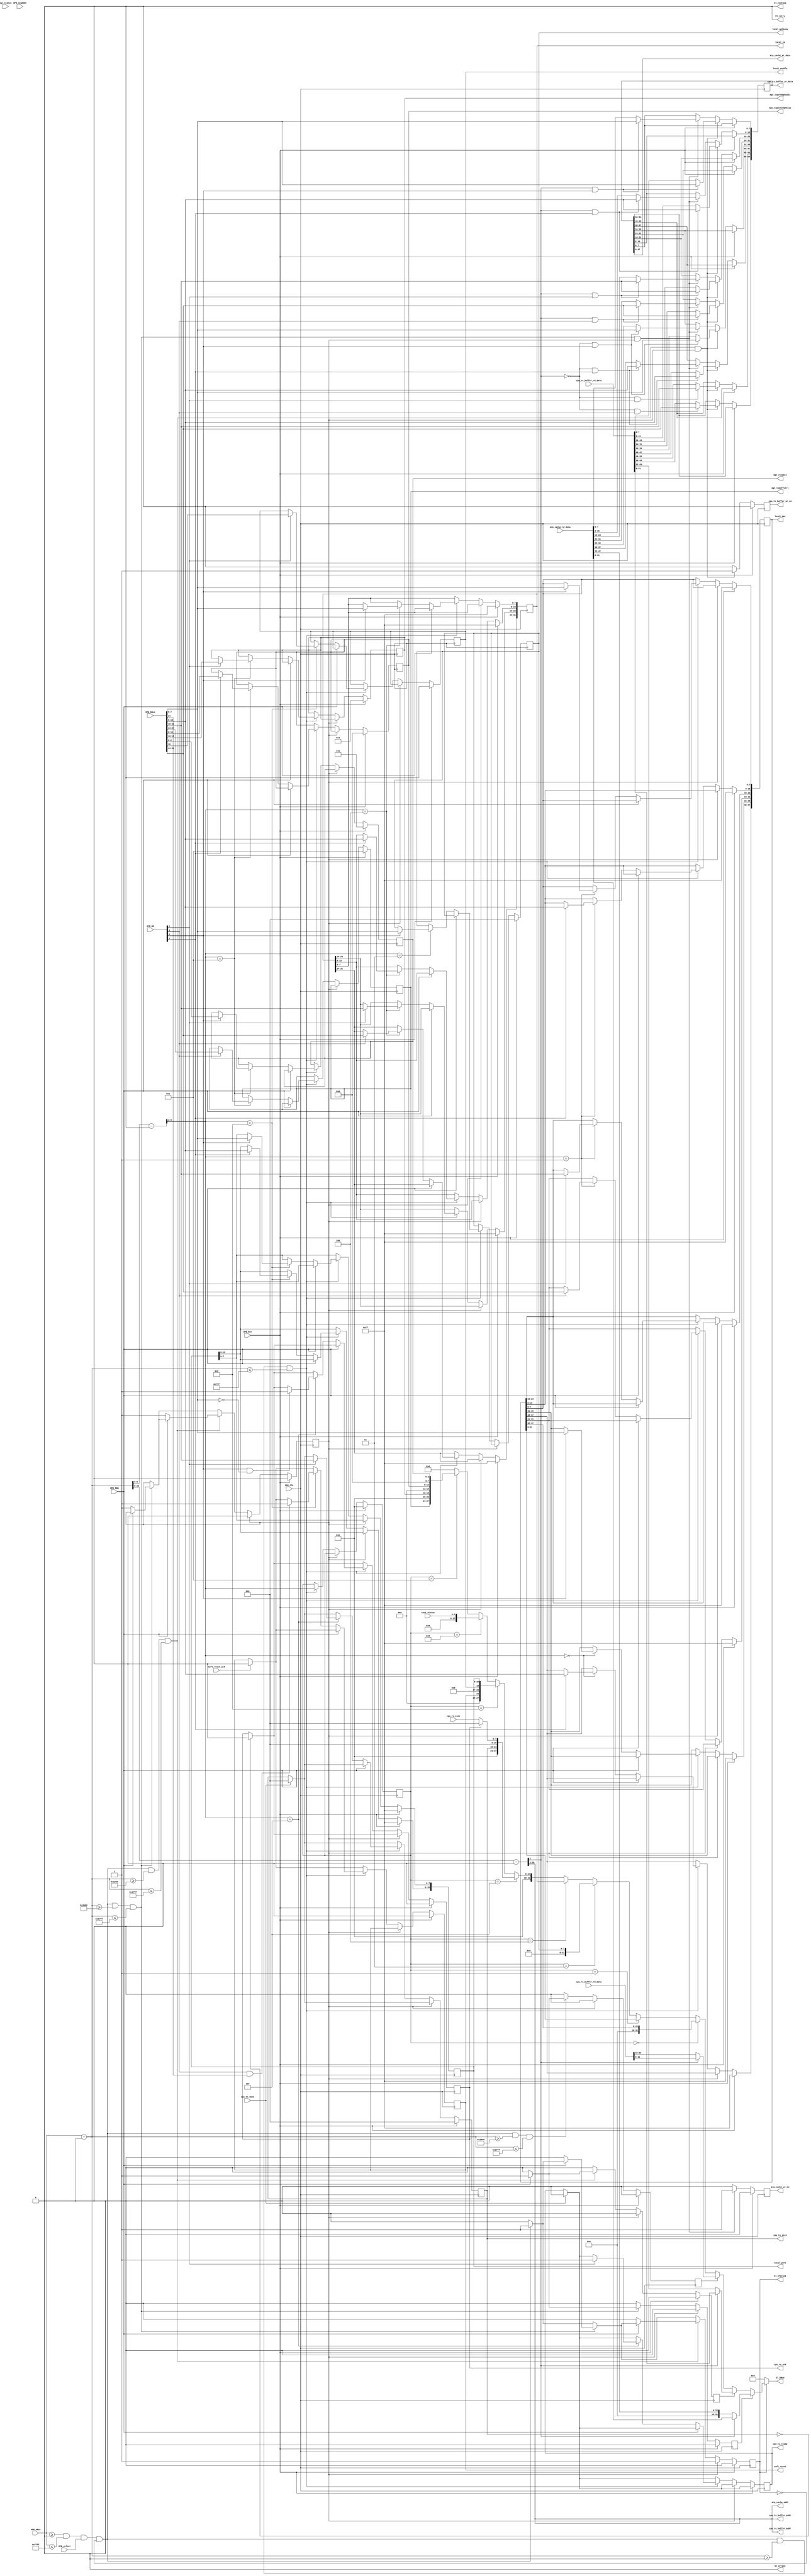
`timescale 1ns/1ps
module opb_attach #(
    parameter C_BASEADDR     = 32'h0,
    parameter C_HIGHADDR     = 32'hffff,
    parameter C_OPB_AWIDTH   = 32,
    parameter C_OPB_DWIDTH   = 32,
    parameter FABRIC_MAC     = 48'hffff_ffff_ffff,
    parameter FABRIC_IP      = 32'hffff_ffff,
    parameter FABRIC_PORT    = 16'hffff,
    parameter FABRIC_GATEWAY = 8'd0,
    parameter FABRIC_ENABLE  = 0,
    parameter PREEMPHASIS    = 4'b0100,
    parameter POSTEMPHASIS   = 5'b00000,
    parameter DIFFCTRL       = 4'b1010,
    parameter RXEQMIX        = 3'b111
  )(
    //OPB attachment
    input         OPB_Clk,
    input         OPB_Rst,
    input         OPB_RNW,
    input         OPB_select,
    input         OPB_seqAddr,
    input   [3:0] OPB_BE,
    input  [31:0] OPB_ABus,
    input  [31:0] OPB_DBus,
    output [31:0] Sl_DBus,
    output        Sl_errAck,
    output        Sl_retry,
    output        Sl_toutSup,
    output        Sl_xferAck,
    //tx_buffer bits
    output  [7:0] cpu_tx_buffer_addr,
    input  [63:0] cpu_tx_buffer_rd_data,
    output [63:0] cpu_tx_buffer_wr_data,
    output        cpu_tx_buffer_wr_en,
    output  [7:0] cpu_tx_size,
    output        cpu_tx_ready,
    input         cpu_tx_done,
    //rx_buffer bits
    output  [7:0] cpu_rx_buffer_addr,
    input  [63:0] cpu_rx_buffer_rd_data,
    input   [7:0] cpu_rx_size,
    output        cpu_rx_ack,
    //ARP Cache
    output  [7:0] arp_cache_addr,
    input  [47:0] arp_cache_rd_data,
    output [47:0] arp_cache_wr_data,
    output        arp_cache_wr_en,
    //local registers
    output        local_enable,
    output [47:0] local_mac,
    output [31:0] local_ip,
    output [15:0] local_port,
    output  [7:0] local_gateway,
    output        soft_reset,
    input         soft_reset_ack,
    //xaui status
    input   [7:0] xaui_status,
    //xaui config

    //MGT/GTP PMA Config
    input  [15:0] mgt_status,
    output  [2:0] mgt_rxeqmix,
    output  [3:0] mgt_txpreemphasis,
    output  [4:0] mgt_txpostemphasis,
    output  [3:0] mgt_txdiffctrl
  );

  /************* OPB Address Decoding *************/

  wire opb_sel = OPB_ABus >= C_BASEADDR && OPB_ABus <= C_HIGHADDR;

  wire [31:0] local_addr = OPB_ABus - C_BASEADDR;

  localparam REGISTERS_OFFSET = 32'h0000;
  localparam REGISTERS_HIGH   = 32'h07FF;
  localparam TX_BUFFER_OFFSET = 32'h1000;
  localparam TX_BUFFER_HIGH   = 32'h17FF;
  localparam RX_BUFFER_OFFSET = 32'h2000;
  localparam RX_BUFFER_HIGH   = 32'h27FF;
  localparam ARP_CACHE_OFFSET = 32'h3000;
  localparam ARP_CACHE_HIGH   = 32'h37FF;

  reg opb_ack;
  wire opb_trans = opb_sel && OPB_select && !opb_ack;

  wire reg_sel   = opb_trans && (local_addr >= REGISTERS_OFFSET) && (local_addr <= REGISTERS_HIGH);
  wire rxbuf_sel = opb_trans && (local_addr >= RX_BUFFER_OFFSET) && (local_addr <= RX_BUFFER_HIGH);
  wire txbuf_sel = opb_trans && (local_addr >= TX_BUFFER_OFFSET) && (local_addr <= TX_BUFFER_HIGH);
  wire arp_sel   = opb_trans && (local_addr >= ARP_CACHE_OFFSET) && (local_addr <= ARP_CACHE_HIGH);

  wire [31:0] reg_addr   = local_addr - REGISTERS_OFFSET;
  wire [31:0] rxbuf_addr = local_addr - RX_BUFFER_OFFSET;
  wire [31:0] txbuf_addr = local_addr - TX_BUFFER_OFFSET;
  wire [31:0] arp_addr   = local_addr - ARP_CACHE_OFFSET;

  /************** Registers ****************/
  
  localparam REG_LOCAL_MAC_1   = 4'd0;
  localparam REG_LOCAL_MAC_0   = 4'd1;
  localparam REG_LOCAL_GATEWAY = 4'd3;
  localparam REG_LOCAL_IPADDR  = 4'd4;
  localparam REG_BUFFER_SIZES  = 4'd6;
  localparam REG_VALID_PORTS   = 4'd8;
  localparam REG_XAUI_STATUS   = 4'd9;
  localparam REG_PHY_CONFIG    = 4'd10;
  localparam REG_XAUI_CONFIG   = 4'd11;

  reg [47:0] local_mac_reg;
  reg [31:0] local_ip_reg;
  reg  [7:0] local_gateway_reg;
  reg [15:0] local_port_reg;
  reg        local_enable_reg;
  reg  [2:0] mgt_rxeqmix_reg;
  reg  [3:0] mgt_txpreemphasis_reg;
  reg  [4:0] mgt_txpostemphasis_reg;
  reg  [3:0] mgt_txdiffctrl_reg;
  reg        soft_reset_reg;
  reg        xaui_rst_local_fault_reg;
  reg        xaui_rst_rx_link_status_reg;
  reg  [1:0] xaui_test_select_reg;

  assign local_mac         = local_mac_reg;
  assign local_ip          = local_ip_reg;
  assign local_gateway     = local_gateway_reg;
  assign local_port        = local_port_reg;
  assign local_enable      = local_enable_reg;
  assign mgt_rxeqmix       = mgt_rxeqmix_reg;
  assign mgt_txpreemphasis = mgt_txpreemphasis_reg;
  assign mgt_txpostemphasis = mgt_txpostemphasis_reg;
  assign mgt_txdiffctrl    = mgt_txdiffctrl_reg;
  assign soft_reset        = soft_reset_reg;

  reg use_arp_data, use_tx_data, use_rx_data;

  reg [3:0] opb_data_src;

  /* RX/TX Buffer Control regs */

  reg [7:0] cpu_tx_size_reg;
  reg       cpu_tx_ready_reg;
  reg       cpu_rx_ack_reg;
  assign cpu_tx_size  = cpu_tx_size_reg;
  assign cpu_tx_ready = cpu_tx_ready_reg;
  assign cpu_rx_ack   = cpu_rx_ack_reg;

  reg opb_wait;
  always @(posedge OPB_Clk) begin
    //strobes
    opb_ack          <= 1'b0;
    use_arp_data     <= 1'b0;
    use_tx_data      <= 1'b0;
    use_rx_data      <= 1'b0;

    /* When the 10ge wrapper has sent the packet we tell the user by clearing 
       the size register */
    if (cpu_tx_done) begin
      cpu_tx_size_reg  <= 8'd0;
      cpu_tx_ready_reg <= 1'b0;
    end

    /* The size will be set to zero when the double buffer is swapped */
    if (cpu_tx_size == 8'd0) begin
      cpu_rx_ack_reg  <= 1'b0;
    end

    if (OPB_Rst) begin
      opb_data_src      <= 4'b0;

      local_mac_reg     <= FABRIC_MAC;
      local_ip_reg      <= FABRIC_IP;
      local_gateway_reg <= FABRIC_GATEWAY;
      local_port_reg    <= FABRIC_PORT;
      local_enable_reg  <= FABRIC_ENABLE;

      cpu_tx_size_reg   <= 8'd0;

      cpu_rx_ack_reg  <= 1'b0;

      /* TODO: add decode PREEMPHASIS/SWING feature */
      mgt_rxeqmix_reg       <= RXEQMIX;
//      mgt_rxeqpole_reg      <= 4'b0000;
      mgt_txpreemphasis_reg <= PREEMPHASIS;
      mgt_txpostemphasis_reg <= POSTEMPHASIS;
      mgt_txdiffctrl_reg    <= DIFFCTRL;

      opb_wait <= 1'b0;

      soft_reset_reg <= 1'b0;

    end else if (opb_wait) begin
      opb_wait <= 1'b0;
      opb_ack  <= 1'b1;
    end else begin

      if (soft_reset_ack) begin
        soft_reset_reg <= 1'b0;
      end

      if (opb_trans)
        opb_ack <= 1'b1;

      // ARP Cache
      if (arp_sel) begin 
        if (!OPB_RNW) begin
          opb_ack  <= 1'b0;
          opb_wait <= 1'b1;
        end else begin
          use_arp_data <= 1'b1;
        end
      end

      // RX Buffer 
      if (rxbuf_sel) begin
        if (!OPB_RNW) begin
        end else begin
          use_rx_data <= 1'b1;
        end
      end

      // TX Buffer 
      if (txbuf_sel) begin
        if (!OPB_RNW) begin
          opb_ack  <= 1'b0;
          opb_wait <= 1'b1;
        end else begin
          use_tx_data <= 1'b1;
        end
      end

      // registers
      if (reg_sel) begin
        opb_data_src <= reg_addr[5:2];
        if (!OPB_RNW) begin
          case (reg_addr[5:2])
            REG_LOCAL_MAC_1: begin
              if (OPB_BE[0])
                local_mac_reg[39:32] <= OPB_DBus[7:0];
              if (OPB_BE[1])
                local_mac_reg[47:40] <= OPB_DBus[15:8];
            end
            REG_LOCAL_MAC_0: begin
              if (OPB_BE[0])
                local_mac_reg[7:0]   <= OPB_DBus[7:0];
              if (OPB_BE[1])
                local_mac_reg[15:8]  <= OPB_DBus[15:8];
              if (OPB_BE[2])
                local_mac_reg[23:16] <= OPB_DBus[23:16];
              if (OPB_BE[3])
                local_mac_reg[31:24] <= OPB_DBus[31:24];
            end
            REG_LOCAL_GATEWAY: begin
              if (OPB_BE[0])
                local_gateway_reg[7:0] <= OPB_DBus[7:0];
            end
            REG_LOCAL_IPADDR: begin
              if (OPB_BE[0])
                local_ip_reg[7:0]   <= OPB_DBus[7:0];
              if (OPB_BE[1])
                local_ip_reg[15:8]  <= OPB_DBus[15:8];
              if (OPB_BE[2])
                local_ip_reg[23:16] <= OPB_DBus[23:16];
              if (OPB_BE[3])
                local_ip_reg[31:24] <= OPB_DBus[31:24];
            end
            REG_BUFFER_SIZES: begin
              if (OPB_BE[0] && OPB_DBus[7:0] == 8'b0) begin
                cpu_rx_ack_reg <= 1'b1;
              end
              if (OPB_BE[2]) begin
                cpu_tx_size_reg  <= OPB_DBus[23:16];
                cpu_tx_ready_reg <= 1'b1;
              end
            end
            REG_VALID_PORTS: begin
              if (OPB_BE[0])
                local_port_reg[7:0]  <= OPB_DBus[7:0];
              if (OPB_BE[1])
                local_port_reg[15:8] <= OPB_DBus[15:8];
              if (OPB_BE[2])
                local_enable_reg     <= OPB_DBus[16];
              if (OPB_BE[3] && OPB_DBus[24])
                soft_reset_reg       <= 1'b1;
            end
            REG_XAUI_STATUS: begin
            end
            REG_PHY_CONFIG: begin
              if (OPB_BE[0])
                mgt_rxeqmix_reg       <= OPB_DBus[2:0];
              if (OPB_BE[1])
                mgt_txpostemphasis_reg <= OPB_DBus[12:8];
              if (OPB_BE[2])
                mgt_txpreemphasis_reg <= OPB_DBus[19:16];
              if (OPB_BE[3])
                mgt_txdiffctrl_reg    <= OPB_DBus[27:24];
            end
            REG_XAUI_CONFIG: begin
              if (OPB_BE[0])
                xaui_test_select_reg        <= OPB_DBus[1:0];
              if (OPB_BE[1])
                xaui_rst_local_fault_reg    <= OPB_DBus[8];
              if (OPB_BE[2])
                xaui_rst_rx_link_status_reg <= OPB_DBus[16];
            end
            default: begin
            end
          endcase
        end
      end
    end
  end

  /********* Handle memory interfaces ***********/

  reg arp_cache_we, tx_buffer_we;

  reg [63:0] write_data; //write data for all three buffers

  always @(posedge OPB_Clk) begin
    //strobes
    arp_cache_we <= 1'b0;
    tx_buffer_we <= 1'b0;

    if (OPB_Rst) begin
    end else begin
      //populate write_data according to wishbone transaction info & contents
      //of memory
      if (arp_sel && opb_wait) begin
        arp_cache_we <= 1'b1;

        write_data[ 7: 0] <= arp_addr[2] == 1'b1 & OPB_BE[0] ? OPB_DBus[ 7: 0] : arp_cache_rd_data[ 7: 0]; 
        write_data[15: 8] <= arp_addr[2] == 1'b1 & OPB_BE[1] ? OPB_DBus[15: 8] : arp_cache_rd_data[15: 8]; 
        write_data[23:16] <= arp_addr[2] == 1'b1 & OPB_BE[2] ? OPB_DBus[23:16] : arp_cache_rd_data[23:16]; 
        write_data[31:24] <= arp_addr[2] == 1'b1 & OPB_BE[3] ? OPB_DBus[31:24] : arp_cache_rd_data[31:24]; 
        write_data[39:32] <= arp_addr[2] == 1'b0 & OPB_BE[0] ? OPB_DBus[ 7: 0] : arp_cache_rd_data[39:32]; 
        write_data[47:40] <= arp_addr[2] == 1'b0 & OPB_BE[1] ? OPB_DBus[15: 8] : arp_cache_rd_data[47:40]; 
      end
      if (txbuf_sel && opb_wait) begin
        tx_buffer_we <= 1'b1;

        write_data[7:0]   <= txbuf_addr[2] == 1'b1 & OPB_BE[0] ? OPB_DBus[ 7: 0] : cpu_tx_buffer_rd_data[ 7: 0];
        write_data[15:8]  <= txbuf_addr[2] == 1'b1 & OPB_BE[1] ? OPB_DBus[15: 8] : cpu_tx_buffer_rd_data[15: 8];
        write_data[23:16] <= txbuf_addr[2] == 1'b1 & OPB_BE[2] ? OPB_DBus[23:16] : cpu_tx_buffer_rd_data[23:16]; 
        write_data[31:24] <= txbuf_addr[2] == 1'b1 & OPB_BE[3] ? OPB_DBus[31:24] : cpu_tx_buffer_rd_data[31:24]; 
        write_data[39:32] <= txbuf_addr[2] == 1'b0 & OPB_BE[0] ? OPB_DBus[ 7: 0] : cpu_tx_buffer_rd_data[39:32]; 
        write_data[47:40] <= txbuf_addr[2] == 1'b0 & OPB_BE[1] ? OPB_DBus[15: 8] : cpu_tx_buffer_rd_data[47:40]; 
        write_data[55:48] <= txbuf_addr[2] == 1'b0 & OPB_BE[2] ? OPB_DBus[23:16] : cpu_tx_buffer_rd_data[55:48]; 
        write_data[63:56] <= txbuf_addr[2] == 1'b0 & OPB_BE[3] ? OPB_DBus[31:24] : cpu_tx_buffer_rd_data[63:56]; 
      end
    end
  end

  // memory assignments
  assign arp_cache_addr        =   arp_addr[10:3];
  assign arp_cache_wr_data     = write_data[47:0];
  assign arp_cache_wr_en       = arp_cache_we;

  assign cpu_tx_buffer_addr    = txbuf_addr[10:3];
  assign cpu_tx_buffer_wr_data = write_data;
  assign cpu_tx_buffer_wr_en   = tx_buffer_we;

  assign cpu_rx_buffer_addr    = rxbuf_addr[10:3];

  // select what data to put on the bus
  wire [31:0] arp_data_int =   arp_addr[2] == 1'b1 ? arp_cache_rd_data[31:0] : {16'b0, arp_cache_rd_data[47:32]};
  wire [31:0] tx_data_int  = txbuf_addr[2] == 1'b1 ? cpu_tx_buffer_rd_data[31:0] : cpu_tx_buffer_rd_data[63:32];
  wire [31:0] rx_data_int  = rxbuf_addr[2] == 1'b1 ? cpu_rx_buffer_rd_data[31:0] : cpu_rx_buffer_rd_data[63:32];

  wire [31:0] opb_data_int = opb_data_src == REG_LOCAL_MAC_1   ? {16'b0, local_mac_reg[47:32]} :
                             opb_data_src == REG_LOCAL_MAC_0   ? local_mac_reg[31:0] :
                             opb_data_src == REG_LOCAL_GATEWAY ? {24'b0, local_gateway_reg} :
                             opb_data_src == REG_LOCAL_IPADDR  ? local_ip_reg[31:0] :
                             opb_data_src == REG_BUFFER_SIZES  ? {8'b0, cpu_tx_size_reg, 8'b0, cpu_rx_ack_reg ? 8'b0 : cpu_rx_size} :
                             opb_data_src == REG_VALID_PORTS   ? {7'b0, soft_reset_reg, 7'b0, local_enable_reg, local_port_reg} :
                             opb_data_src == REG_XAUI_STATUS   ? {24'b0, xaui_status} :
                             opb_data_src == REG_PHY_CONFIG    ? {4'b0, mgt_txdiffctrl_reg, 
                                                                  4'b0, mgt_txpreemphasis_reg,
                                                                  3'b0, mgt_txpostemphasis_reg, 
                                                                  4'b0, 1'b0, mgt_rxeqmix_reg} :
                                                                  32'd0;
  wire [31:0] Sl_DBus_int;
  assign Sl_DBus_int = use_arp_data ? arp_data_int :
                       use_tx_data  ? tx_data_int  :
                       use_rx_data  ? rx_data_int  :
                                      opb_data_int;

  assign Sl_DBus = Sl_xferAck ? Sl_DBus_int : 32'b0;

  assign Sl_errAck  = 1'b0;
  assign Sl_toutSup = 1'b0;
  assign Sl_retry   = 1'b0;
  assign Sl_xferAck = opb_ack;

endmodule